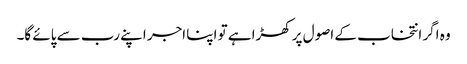
وہ اگر انتخاب کے اصول پر کھڑا ہے تو اپنا اجر اپنے رب سے پائے گا۔